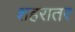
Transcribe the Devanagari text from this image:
शहरातर